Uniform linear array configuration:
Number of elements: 32
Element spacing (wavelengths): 0.25
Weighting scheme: uniform
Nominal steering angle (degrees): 60
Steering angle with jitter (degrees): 59.518
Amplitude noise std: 0.05
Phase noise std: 0.05

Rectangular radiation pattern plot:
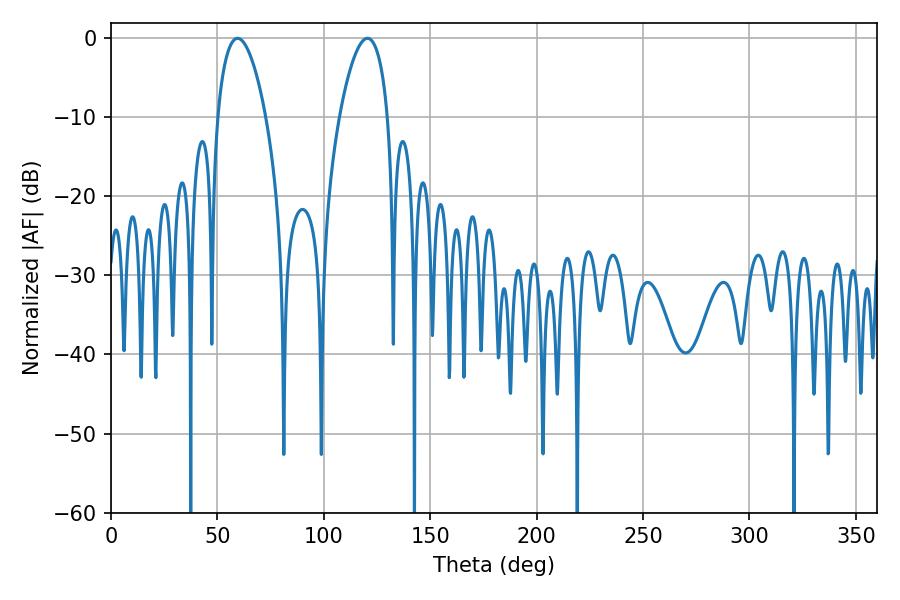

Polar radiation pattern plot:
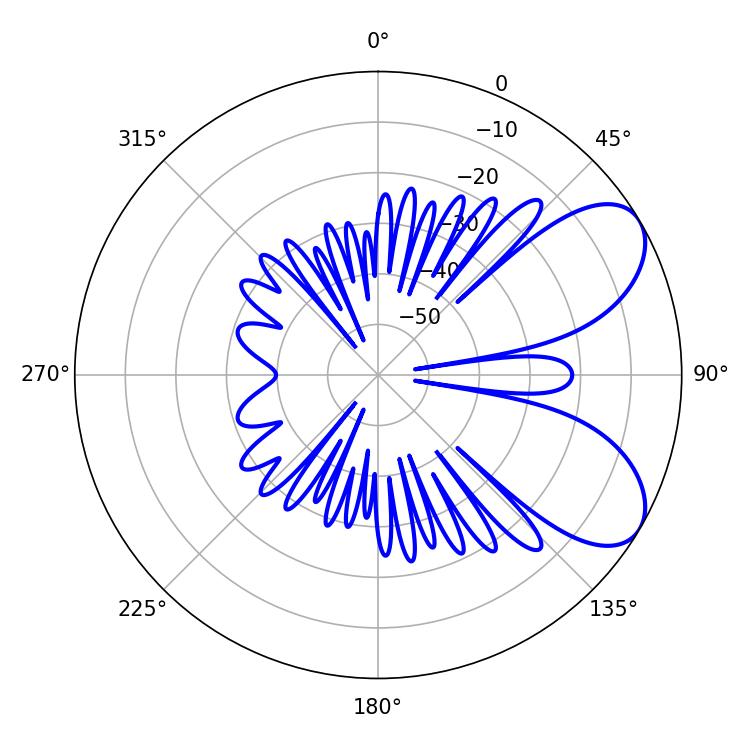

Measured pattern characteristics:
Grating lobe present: FALSE
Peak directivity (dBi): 6.845
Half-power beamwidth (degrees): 12.6
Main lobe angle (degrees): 59.4